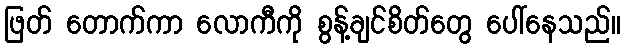
ဖြတ် တောက်ကာ လောကီကို စွန့်ချင်စိတ်တွေ ပေါ်နေသည်။